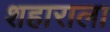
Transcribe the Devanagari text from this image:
शहाराला